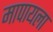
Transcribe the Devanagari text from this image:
मापायला